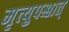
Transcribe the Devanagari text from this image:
मृत्युपश्चात्‌